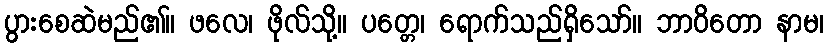
ပွားစေဆဲမည်၏။ ဖလေ၊ ဖိုလ်သို့။ ပတ္တေ၊ ရောက်သည်ရှိသော်။ ဘာဝိတော နာမ၊